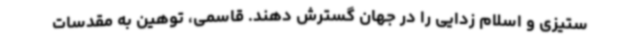
ستیزی و اسلام زدایی را در جهان گسترش دهند. قاسمی، توهین به مقدسات